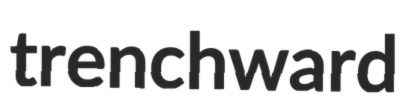
trenchward